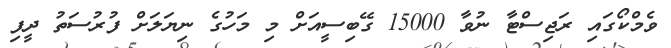
ވެމްކޯގައި ރަޖިސްޓާ ނުވާ 15000 ގޭބިސީއަށް މި މަހުގެ ނިޔަލަށް ފުރުސަތު ދީފި